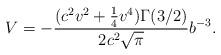
LaTeX: \begin{align*}V=-\frac{(c^2v^2+\frac{1}{4}v^4)\Gamma(3/2)}{2c^2\sqrt{\pi}}b^{-3}.\end{align*}